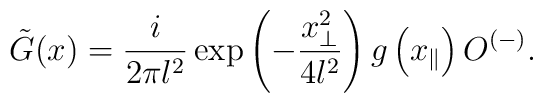
\tilde{G}(x)=\frac{i}{2\pi l^2}\exp\left(-\frac{x_{\perp}^2}{4l^2}\right)g\left(x_{\parallel}\right)O^{(-)}.